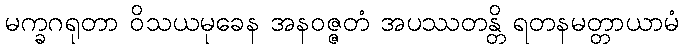
မက္ခဂရုတာ ဝိသယမုခေန အနဝဇ္ဇတံ အပဿတန္တိ ရတနမတ္တာယာမံ